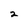
Character: 2